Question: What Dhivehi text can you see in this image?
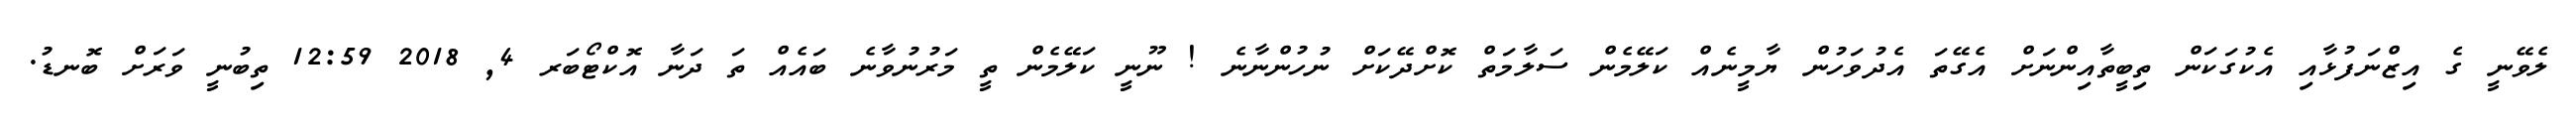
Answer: ލެވޭނީ ގެ އިޒްނަފުޅާއި އެކުގަކަން ތިބީތާއިންނަށް އެގޭތަ އެދުވަހުން ޔާމީނެއް ކަލޭމެން ސަލާމަތް ކޮށްދޭކަށް ނުހުންނާނެ ! ނޫނީ ކަލޭމެން ތީ މަރުނުވާނެ ބައެއް ތަ ދަނާ އޮކްޓޯބަރ 4, 2018 12:59 ތިބުނީ ވަރަށް ބޮނޑު.